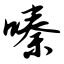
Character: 嗪